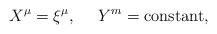
LaTeX: \begin{align*}X^{\mu}=\xi^{\mu}, \ \ \ \ Y^m={\rm constant}, \end{align*}